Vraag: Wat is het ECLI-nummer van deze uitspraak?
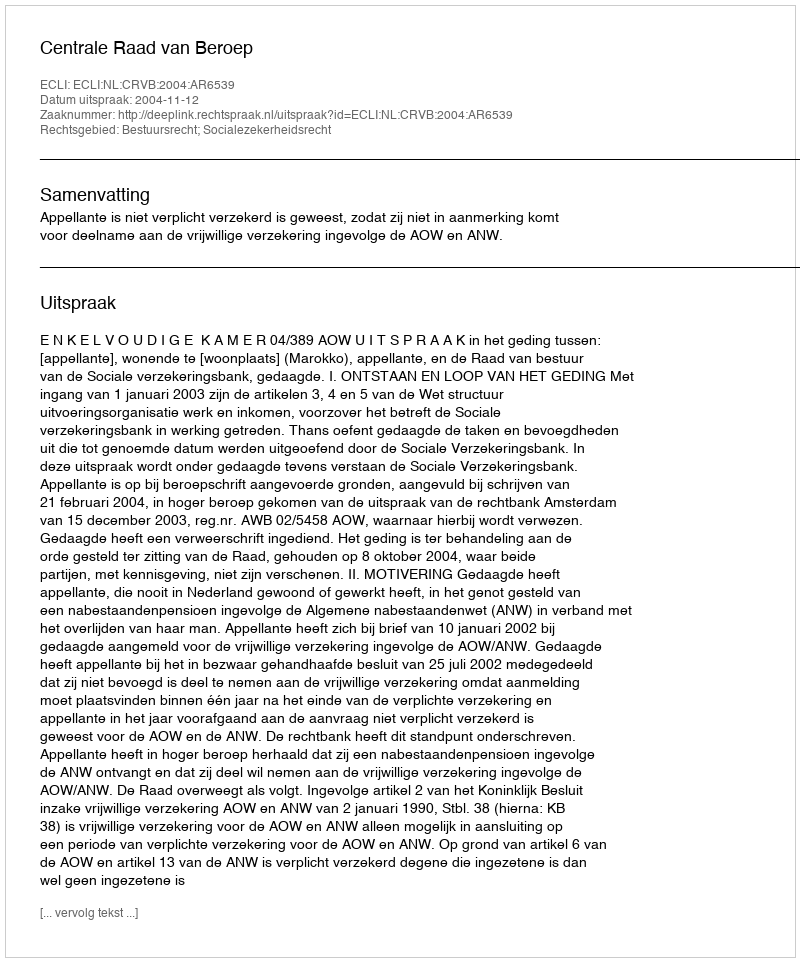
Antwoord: ECLI:NL:CRVB:2004:AR6539